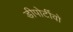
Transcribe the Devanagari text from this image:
डीपोर्टीवो